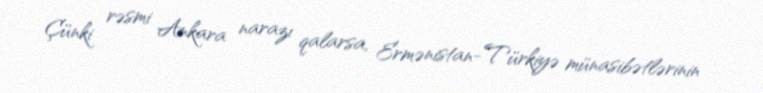
Çünki rəsmi Ankara narazı qalarsa, Ermənistan-Türkiyə münasibətlərinin